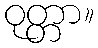
ဝုတ္တာ။